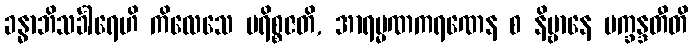
ခန္ဓာဘိသင်္ခါရေဟိ ကိလေသေ ပရိစ္စဇတိ, အာရမ္မဏကရဏေန စ နိဗ္ဗာနေ ပက္ခန္ဒတီတိ